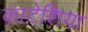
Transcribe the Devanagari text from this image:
काटेशिया